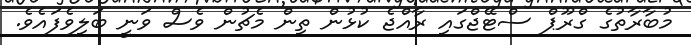
މުބާރާތުގެ ގްރޫޕް ސްޓޭޖްގައި ރާއްޖެ ކުޅުން ތިން މެޗުން ވެސް ވަނީ ބަލިވެފައެވެ.